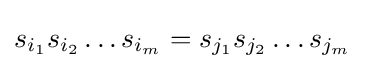
s_{i_{1}}s_{i_{2}}\dots s_{i_{m}}=s_{j_{1}}s_{j_{2}}\dots s_{j_{m}}